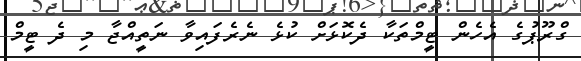
ގްރޫޕުގެ އެހެން ޓީމްތަކާ ދެކޮޅަށް ކުޅެ ނެރެފައިވާ ނަތީއްޖާ މި ދެ ޓީމް